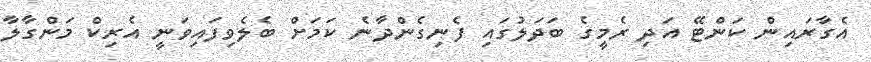
އެގާރައިން ކަންޓޭ އަދި ރެމީގެ ބަދަލުގައި ފެނިގެންދާނެ ކަމަށް ބެލެވިފައިވަނީ އެރިކް މަންގާލާ